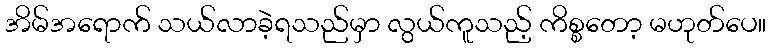
အိမ်အရောက် သယ်လာခဲ့ရသည်မှာ လွယ်ကူသည့် ကိစ္စတော့ မဟုတ်ပေ။